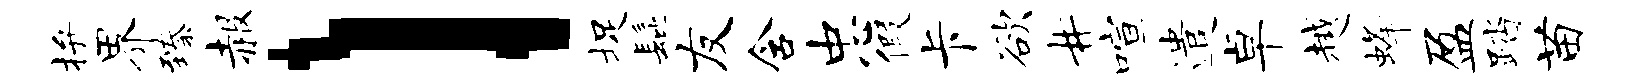
拚界臻赧l捉髭友含忠假卡欲#喧遣卓越蜂盈踏苗